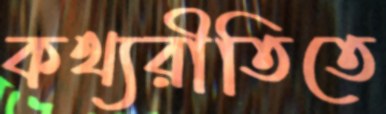
কথ্যরীতিতে